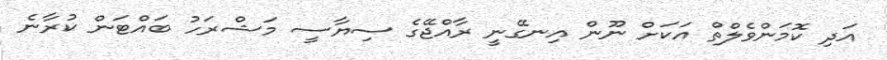
އަދި ކޮމަންވެލްތް އަކަށް ނޫން އިނގޭނީ ރާއްޖޭގެ ސިޔާސީ މަޝްރަހު ބައްޓަން ކުރާނެ